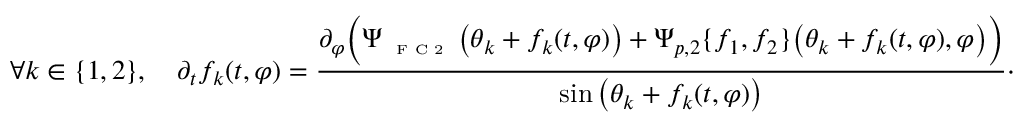
\forall k \in \{ 1 , 2 \} , \quad \partial _ { t } f _ { k } ( t , \varphi ) = \frac { \partial _ { \varphi } \Big ( \Psi _ { \textnormal { \tiny { F C 2 } } } \big ( \theta _ { k } + f _ { k } ( t , \varphi ) \big ) + \Psi _ { p , 2 } \{ f _ { 1 } , f _ { 2 } \} \big ( \theta _ { k } + f _ { k } ( t , \varphi ) , \varphi \big ) \Big ) } { \sin \big ( \theta _ { k } + f _ { k } ( t , \varphi ) \big ) } \cdot